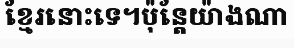
ខ្មែរនោះទេ។ប៉ុន្តែយ៉ាងណា